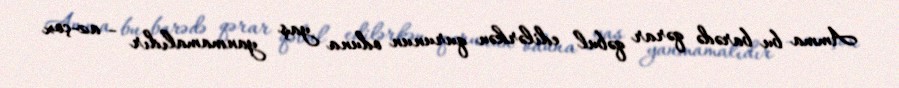
Amma bu barədə qərar qəbul edilərkən qurunun oduna yaş yanmamalıdır - az-çox